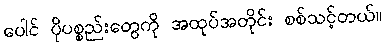
ပေါင် ပိုပစ္စည်းတွေကို အထုပ်အတိုင်း စစ်သင့်တယ်။